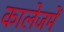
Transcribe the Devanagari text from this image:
कालेजमें